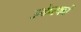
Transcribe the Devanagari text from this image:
उकेरकों